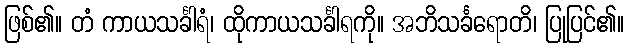
ဖြစ်၏။ တံ ကာယသင်္ခါရံ၊ ထိုကာယသင်္ခါရကို။ အဘိသင်္ခရောတိ၊ ပြုပြင်၏။